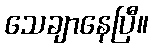
သေချာနေပြီ။